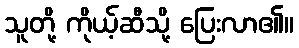
သူတို့ ကိုယ့်ဆီသို့ ပြေးလာ၏။